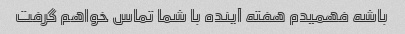
باشه فهمیدم هفته آینده با شما تماس خواهم گرفت